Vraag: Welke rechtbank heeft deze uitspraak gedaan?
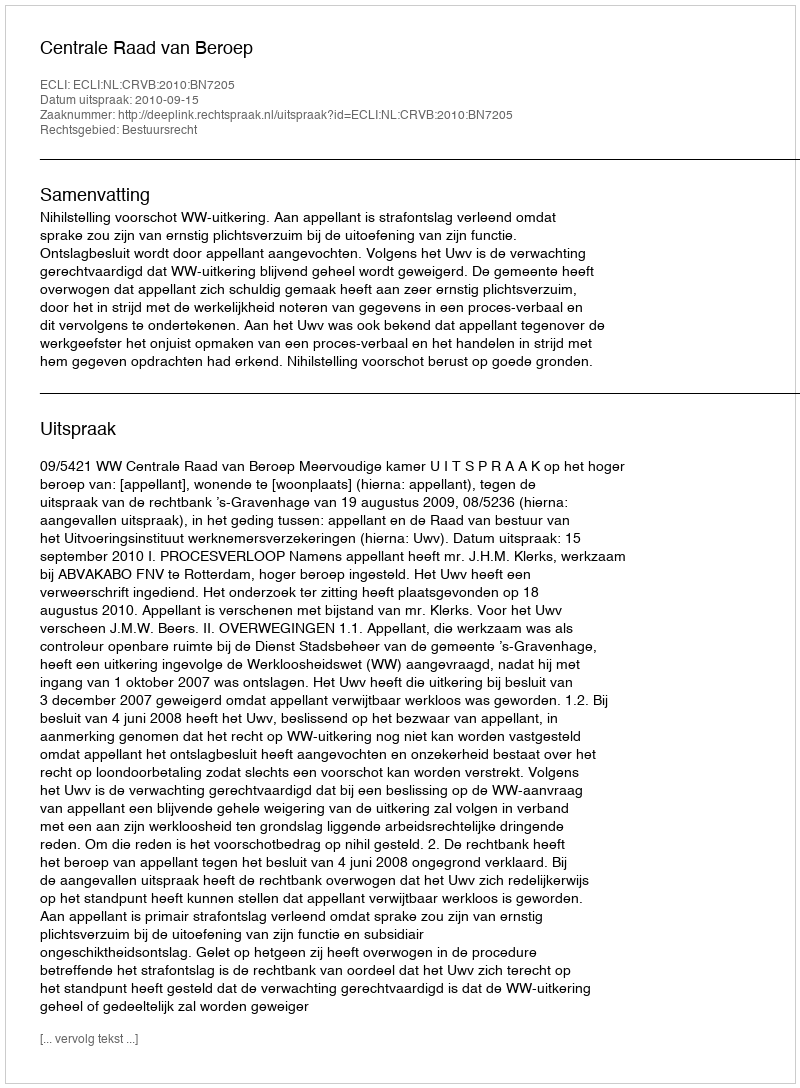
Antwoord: Centrale Raad van Beroep